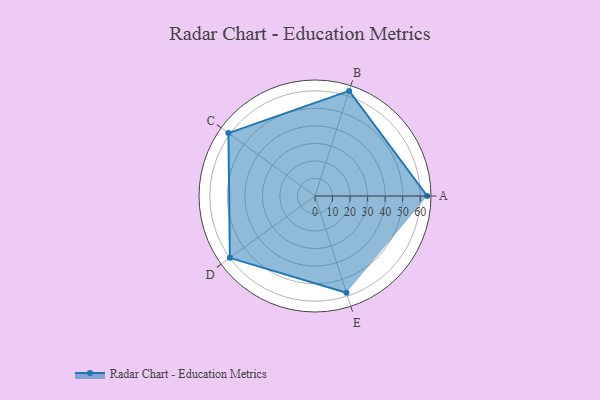
{"axis": {"x": "Skill", "y": "Score"}, "legend": ["Profile"], "data": [{"x": "A", "y": 64.0, "type": "Profile"}, {"x": "B", "y": 63.0, "type": "Profile"}, {"x": "C", "y": 61.0, "type": "Profile"}, {"x": "D", "y": 60.0, "type": "Profile"}, {"x": "E", "y": 58.0, "type": "Profile"}]}